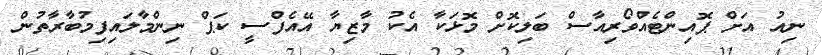
ނިއު އަށް ޕޮއިންޓެއްވޯރިއާސް ބަލިކޮށް މޮޅަކާ އެކު މާޒިޔާ އޭއެފްސީ ކަޕް ނިންމާލައިފިމުބާރާތުން